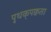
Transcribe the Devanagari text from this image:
पृथक्‌पक्वता